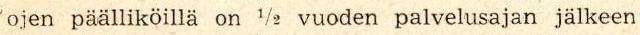
 ojen päälliköillä on 1/2 vuoden palvelusajan jälkeen